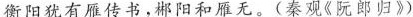
衡阳犹有雁传书，郴阳和雁无。(秦观《阮郎归》